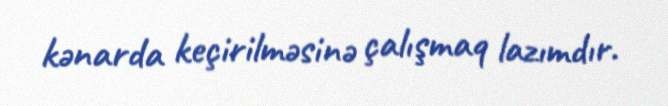
kənarda keçirilməsinə çalışmaq lazımdır.